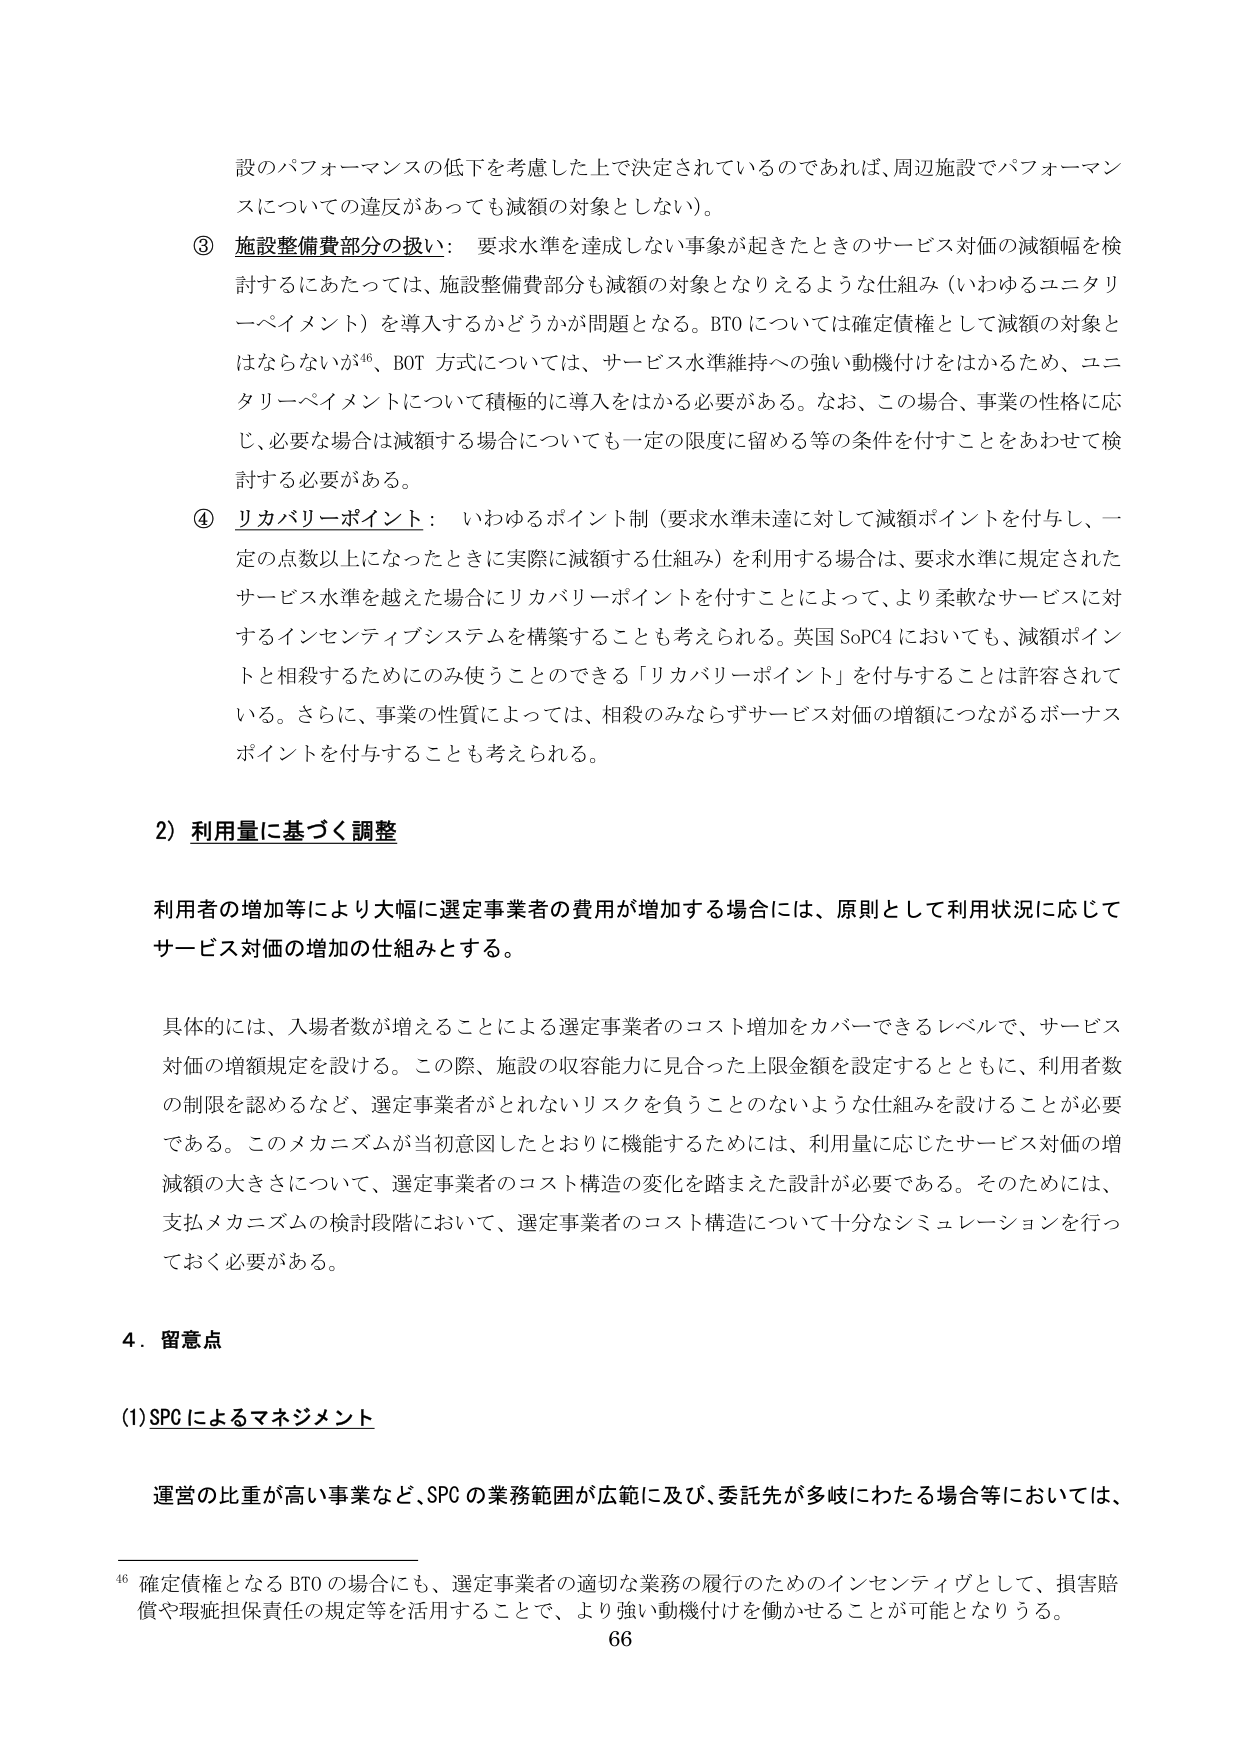
設のパフォーマンスの低下を考慮した上で決定されているのであれば、周辺施設でパフォーマンスについての違反があっても減額の対象としない）。

③ 施設整備費部分の扱い： 要求水準を達成しない事象が起きたときのサービス対価の減額幅を検討するにあたっては、施設整備費部分も減額の対象となりえるような仕組み（いわゆるユニタリーペイメント）を導入するかどうかが問題となる。BTOについては確定債権として減額の対象とはならないが⁴⁶、BOT方式については、サービス水準維持への強い動機付けをはかるため、ユニタリーペイメントについて積極的に導入をはかる必要がある。なお、この場合、事業の性格に応じ、必要な場合は減額する場合についても一定の限度に留める等の条件を付すことをあわせて検討する必要がある。

④ リカバリーポイント： いわゆるポイント制（要求水準未達に対して減額ポイントを付与し、一定の点数以上になったときに実際に減額する仕組み）を利用する場合は、要求水準に規定されたサービス水準を越えた場合にリカバリーポイントを付すことによって、より柔軟なサービスに対するインセンティブシステムを構築することも考えられる。英国SoPC4においても、減額ポイントと相殺するためにのみ使うことのできる「リカバリーポイント」を付与することは許容されている。さらに、事業の性質によっては、相殺のみならずサービス対価の増額につながるボーナスポイントを付与することも考えられる。

2）利用量に基づく調整

利用者の増加等により大幅に選定事業者の費用が増加する場合には、原則として利用状況に応じてサービス対価の増加の仕組みとする。

具体的には、入場者数が増えることによる選定事業者のコスト増加をカバーできるレベルで、サービス対価の増額規定を設ける。この際、施設の収容能力に見合った上限金額を設定するとともに、利用者数の制限を認めるなど、選定事業者がとれないリスクを負うことのないような仕組みを設けることが必要である。このメカニズムが当初意図したとおりに機能するためには、利用量に応じたサービス対価の増減額の大きさについて、選定事業者のコスト構造の変化を踏まえた設計が必要である。そのためには、支払メカニズムの検討段階において、選定事業者のコスト構造について十分なシミュレーションを行っておく必要がある。

4．留意点

(1) SPCによるマネジメント

運営の比重が高い事業など、SPCの業務範囲が広範に及び、委託先が多岐にわたる場合等においては、

⁴⁶ 確定債権となるBTOの場合にも、選定事業者の適切な業務の履行のためのインセンティブとして、損害賠償や瑕疵担保責任の規定等を活用することで、より強い動機付けを働かせることが可能となりうる。

66